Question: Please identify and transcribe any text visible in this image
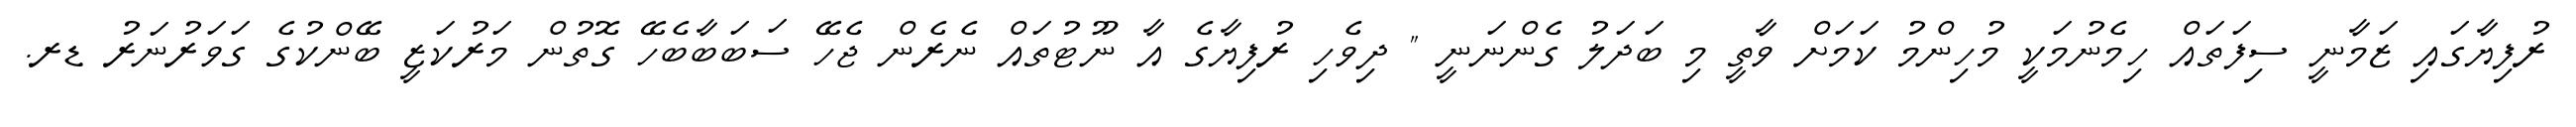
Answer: ރުފިޔާގައި ޒަމާނީ ސިފަތައް ހިމެނުމަކީ މުހިންމު ކަމަށް ވާތީ މި ބަދަލު ގެންނަނީ " ދިވެހި ރުފިޔާގެ އާ ނޫޓުތައް ނެރެން ޖެހޭ ސަބަބާބެހޭ ގޮތުން މަރުކަޒީ ބޭންކުގެ ގަވަރުނަރު ޑރ.